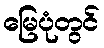
မြေပုံတွင်